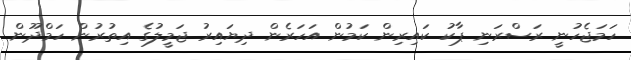
ހަމަޖެހުނީ ރަސްރަނި ޕާކު ކައިރިން ކަމުން އަހަރެން ދިޔައިރު ޖަމީލުގެ އިތުރުން ހަމްދޫން